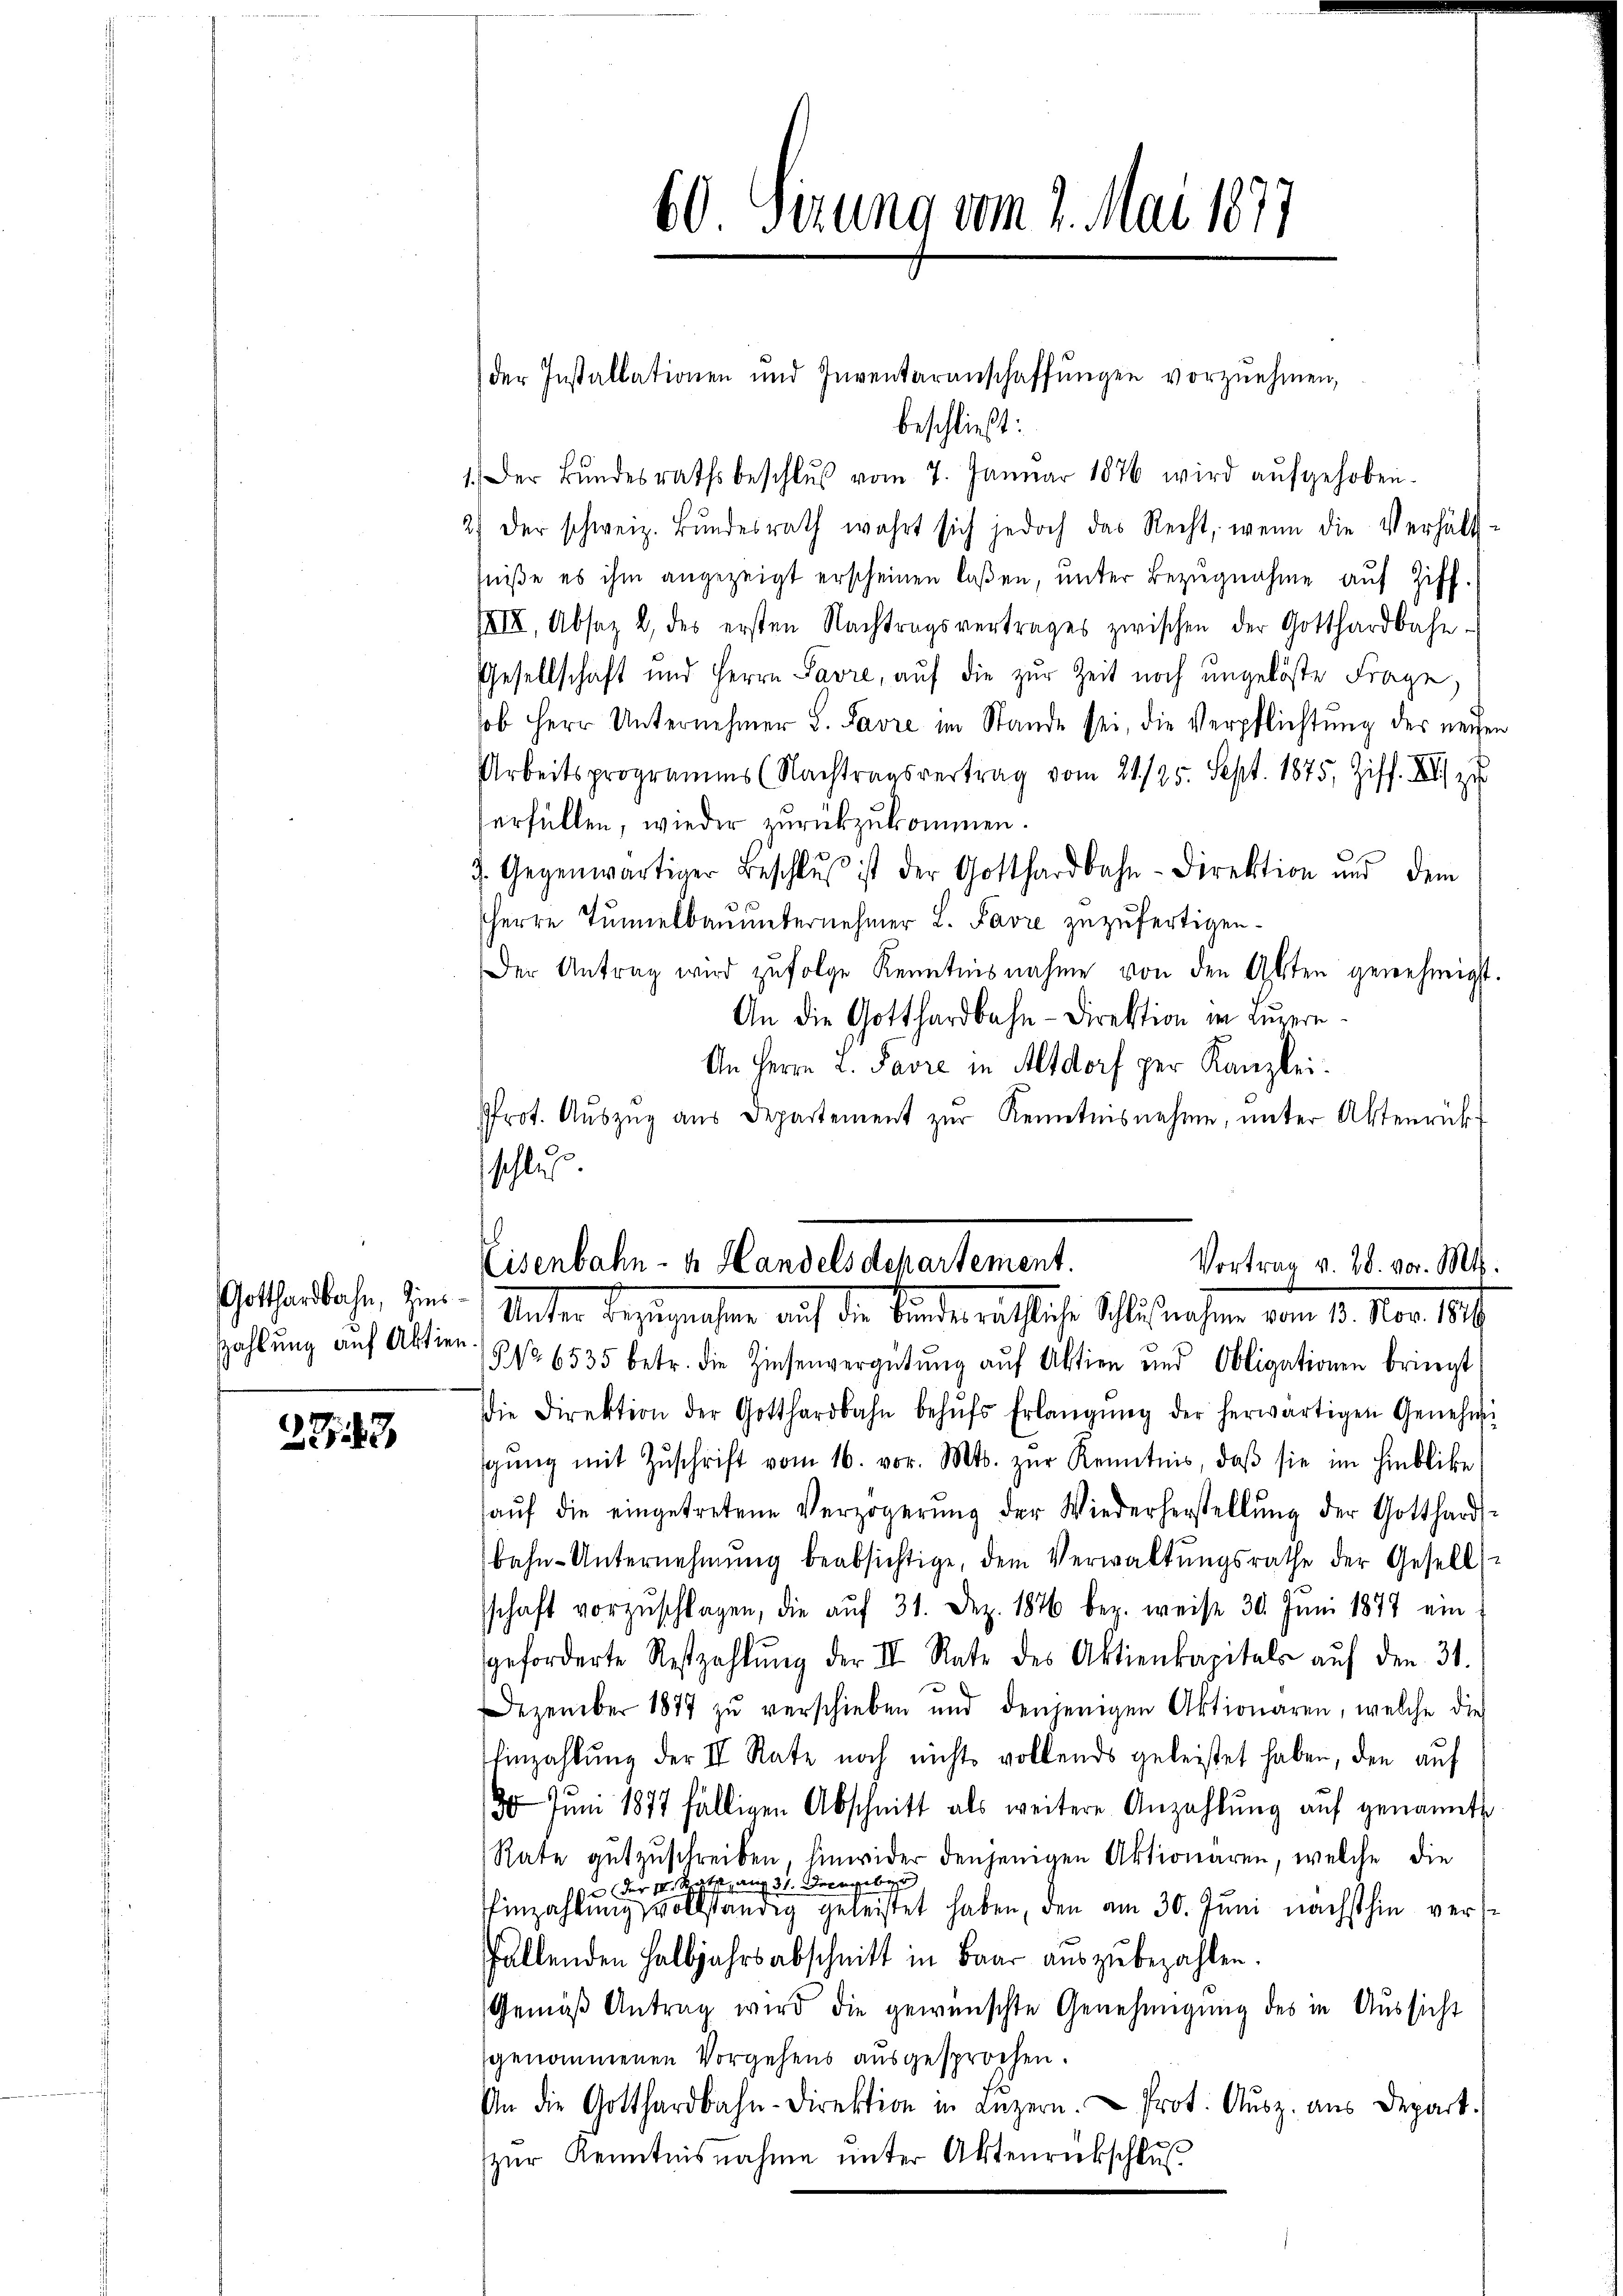
Gotthardbahn, Zins
zahlung auf Aktien

2743.

beschließt:
1. Der Bŭndesrathsbeschlŭβ vom 7. Januar 1876 wird aŭfgehoben.
2) der schweiz. Bŭndesrath wahrt sich jedoch das Recht, wenn die Verhält-
fniße es ihm angezeigt erscheinen laßen, unter Bezugnahme auf Ziff.
IXII, Absatz 2 des ersten Nachtragsvertrages zwischen der Gotthardbahn-
Gesellschaft und Herrn Savre, auf die zur Zeit noch ungelöste Frage,
ob Herr Unternehmer L. Savre im Stande sei, die Verpflichtung der neuen
Arbeitsprogramms (Nachtragsvertrag vom 21./25. Sept. 1875, Ziff. II zu
Verfüllen, wieder zurückzukommen.
3. Gegenwärtiger Beschlŭβ ist der Gotthardbahn-Direktion und dem
Herrn Tunnerbauunternehmer L. Favre zuzufertigen.
Der Antrag wird zŭfolge Kenntnisnahme von den Akten genehmigt.
An die Gotthardbahn-Direktion in Luzern
An Herrn L. Favre in Altdorf per Kanzlei-
Prot. Aŭszŭg aŭs Departement zŭr Kenntnisnahme, ŭnter Aktenrückt
hl

60 Sizung vom 1. Mai 1877

der Installationen und Inventaranschaffungen vorzunehmen,

No 6535 betr. die Zinsenvergütŭng aŭf Aktien und Obligationen bringt
Die Direktion der Gotthardbahn behŭfs Erlangŭng der herwärtigen Genehmi
gŭng mit Zŭschrift vom 16. vor. Mts. zŭr Kenntnis, daβ sie im Hinblicke
aŭf die eingetretene Verzögerŭng der Wiederherstellŭng der Gotthard-
bahn-Unternehmung beabsichtige, dem Verwaltŭngsrathe der Gesell
schaft vorzŭschlagen, die aŭf 31. Dez. 1876 bez. weise 30. Juni 1877 ein
geforderte Reszahlŭng der II. Rate des Aktienkapitals aŭf den 31.
Dezember 1874 zŭ verschieben und denjenigen Aktionaren, welche die
Einzahlung der II Rate noch nichts vollends geleistet haben, den auf
30 Juni 1877 fälligen Abschnitt als weitere Anzahlŭng auf genannte
Rate gutzuschreiben, hinwider denjenigen Aktionären, welche die
der I. Rath am 31. December
Einzahlŭng vollständig geleistet haben, den am 30. Juni nächsthin verfallenden Halbjahrsabschnitt in Baar auszubezahlen.
Gemäβ Antrag wird die gewünschte Genehmigung des in Aussicht
sgenommenen Vorgehens ausgesprochen.
An die Gotthardbahn-Direktion in Lŭzern. Prot. Aŭsz. aus Depart.
zur Kenntnisnahme unter Aktenrückschlus

Eisenbahn- u. Handelsdepartement.
Vortrag v. 28. vor. Mts.
Mater Bezugensern auf die Kindesrathes Schulsachen vom 10. Nov 1849